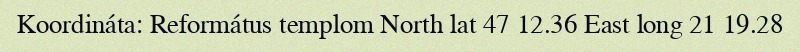
Koordináta: Református templom North lat 47 12.36 East long 21 19.28